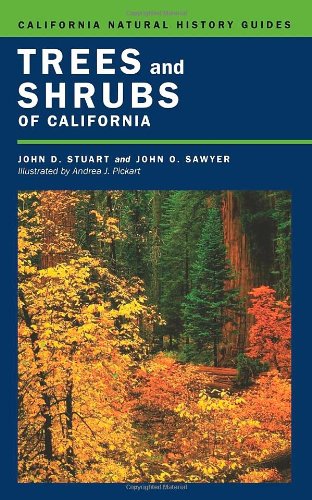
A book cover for Trees and Shrubs of California (California Natural History Guides); John D. Stuart; Science & Math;